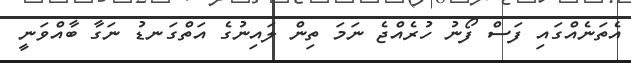
އެތަނެއްގައި ފަސް ފޯނު ހުރެއްޖެ ނަަމަ ތިން ލައިނުގެ އަތްގަނޑު ނަގާ ބާއްވަނީ